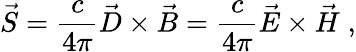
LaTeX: \vec{S}=\frac{c}{4\pi}\vec{D}\times\vec{B}=\frac{c}{4\pi}\vec{E}\times\vec{H}\; ,